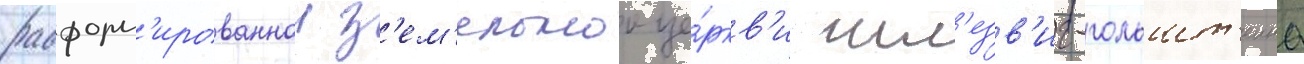
расформ'ированнои з'ем'ельнои це́ркв'и шл'езв'иг-гольшт'еина